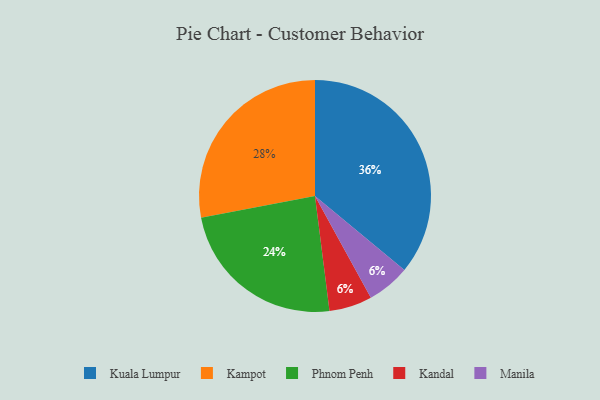
{"axis": {"x": "Category", "y": "Percentage"}, "legend": ["Kampot", "Kandal", "Kuala Lumpur", "Manila", "Phnom Penh"], "data": [{"x": "Kandal", "y": 6, "type": "Kandal"}, {"x": "Kuala Lumpur", "y": 36, "type": "Kuala Lumpur"}, {"x": "Kampot", "y": 28, "type": "Kampot"}, {"x": "Phnom Penh", "y": 24, "type": "Phnom Penh"}, {"x": "Manila", "y": 6, "type": "Manila"}]}